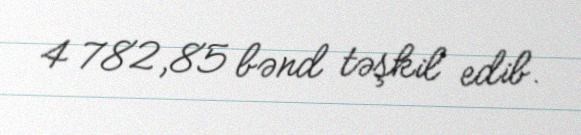
4 782,85 bənd təşkil edib.